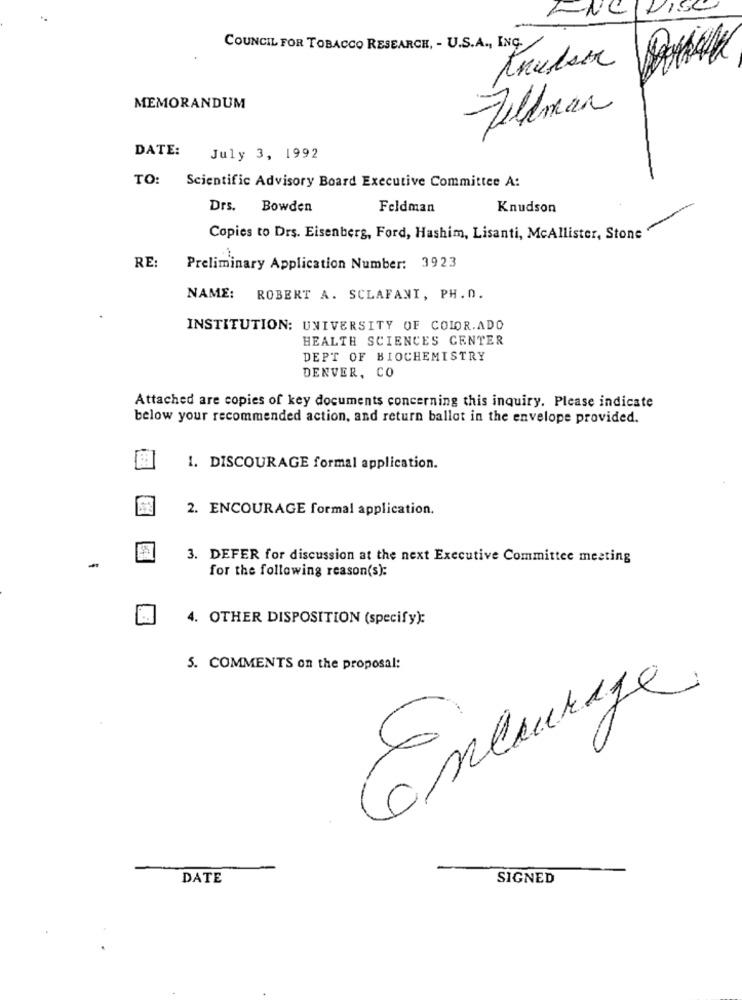
DISC
ANC
COUNCIL FOR TOBACCO RESEARCH, - U.S.A ., ING.
MEMORANDUM
Tillman
DATE: July 3, 1992
TO: Scientific Advisory Board Executive Committee A:
Drs. Bowden
Feldman
Knudson
Copies to Drs. Eisenberg, Ford, Hashim, Lisanti, McAllister, Stone
RE:
Preliminary Application Number: 3923
NAME:
ROBERT A. SCLAFANI, PH.D.
INSTITUTION: UNIVERSITY OF COLORADO
HEALTH SCIENCES CENTER
DEPT OF BIOCHEMISTRY
DENVER, CO
Attached are copies of key documents concerning this inquiry. Please indicate
below your recommended action, and return ballot in the envelope provided.
1. DISCOURAGE formal application.
2. ENCOURAGE formal application.
3. DEFER for discussion at the next Executive Committee meeting
for the following reason(s):
4. OTHER DISPOSITION (specify):
5. COMMENTS on the proposal:
6
DATE
SIGNED